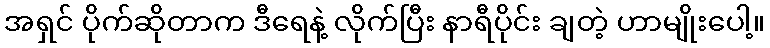
အရှင် ပိုက်ဆိုတာက ဒီရေနဲ့ လိုက်ပြီး နာရီပိုင်း ချတဲ့ ဟာမျိုးပေါ့။